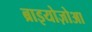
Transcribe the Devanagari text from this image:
ब्राइयोज़ोआ